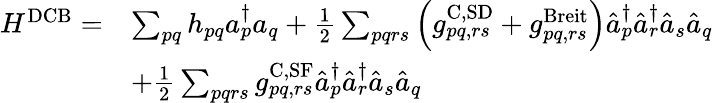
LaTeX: \begin{array}{rl}{H^{\mathrm{DCB}}=}&{\sum_{pq}h_{pq}a_{p}^{\dagger}a_{q}+\frac{1}{2}\sum_{pqrs}\left(g_{pq,rs}^{\mathrm{C,SD}}+g_{pq,rs}^{\mathrm{Breit}}\right)\hat{a}_{p}^{\dagger}\hat{a}_{r}^{\dagger}\hat{a}_{s}\hat{a}_{q}}\\ &{+\frac{1}{2}\sum_{pqrs}g_{pq,rs}^{\mathrm{C,SF}}\hat{a}_{p}^{\dagger}\hat{a}_{r}^{\dagger}\hat{a}_{s}\hat{a}_{q}}\end{array}